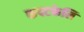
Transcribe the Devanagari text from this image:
कपटकेलि